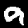
Label: 9